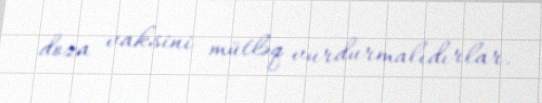
doza vaksini mütləq vurdurmalıdırlar.